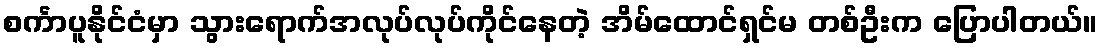
စင်္ကာပူနိုင်ငံမှာ သွားရောက်အလုပ်လုပ်ကိုင်နေတဲ့ အိမ်ထောင်ရှင်မ တစ်ဦးက ပြောပါတယ်။